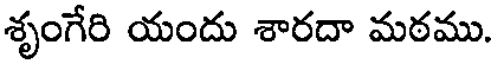
శృంగేరి యందు శారదా మఠము.